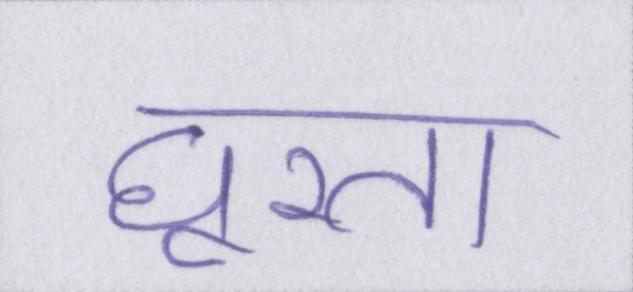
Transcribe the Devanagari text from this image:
घूरता